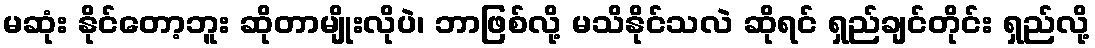
မဆုံး နိုင်တော့ဘူး ဆိုတာမျိုးလိုပဲ၊ ဘာဖြစ်လို့ မသိနိုင်သလဲ ဆိုရင် ရှည်ချင်တိုင်း ရှည်လို့